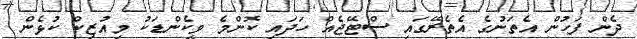
ދެން ފަހުން އެތަނުގެ އެތެރޭގައި ސްޓޭޖެއް ހަދައި ކޮންމެ ވީކެންޑަކު މިއުޒިކް ކުޅެން